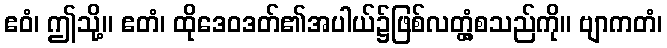
ဧဝံ၊ ဤသို့။ ဧတံ၊ ထိုဒေဝဒတ်၏အပါယ်၌ဖြစ်လတ္တံ့စသည်ကို။ ဗျာကတံ၊